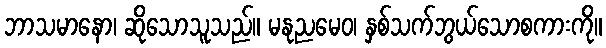
ဘာသမာနော၊ ဆိုသောသူသည်။ မနုညမေဝ၊ နှစ်သက်ဘွယ်သောစကားကို။